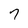
Character: 7